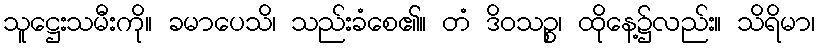
သူဋ္ဌေးသမီးကို။ ခမာပေသိ၊ သည်းခံစေ၏။ တံ ဒိဝသဉ္စ၊ ထိုနေ့၌လည်း။ သိရိမာ၊